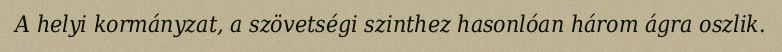
A helyi kormányzat, a szövetségi szinthez hasonlóan három ágra oszlik.